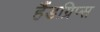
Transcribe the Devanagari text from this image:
हैंडग्रिप्स